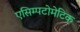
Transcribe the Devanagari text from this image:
एसिम्पटोमेटिक